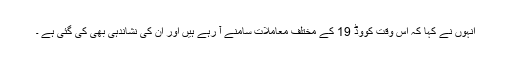
انہوں نے کہا کہ اس وقت کووڈ 19 کے مختلف معاملات سامنے آ رہے ہیں اور اُن کی نشاندہی بھی کی گئی ہے ۔